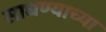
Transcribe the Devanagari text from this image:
साधण्याच्या